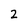
Character: 2